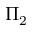
\Pi _ { 2 }